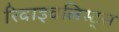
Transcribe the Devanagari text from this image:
रिवाइवलिस्ट्स